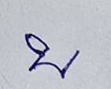
บ